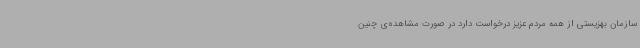
سازمان بهزیستی از همه مردم عزیز درخواست دارد در صورت مشاهده‌ی چنین